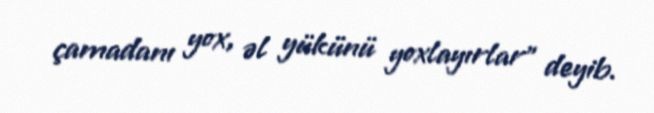
çamadanı yox, əl yükünü yoxlayırlar” deyib.